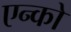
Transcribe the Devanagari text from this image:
एन्को